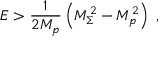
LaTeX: E > { \frac { 1 } { 2 M _ { p } } } \left( M _ { \Sigma } ^ { 2 } - M _ { p } ^ { 2 } \right) \ ,